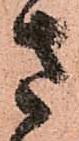
さ